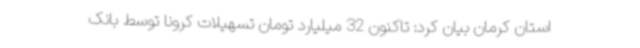
استان کرمان بیان کرد: تاکنون 32 میلیارد تومان تسهیلات کرونا توسط بانک